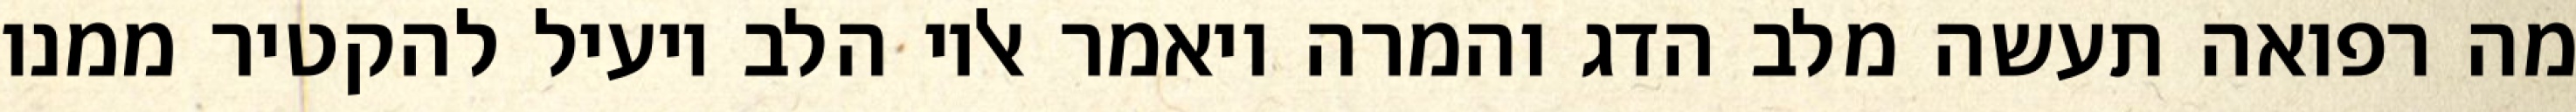
מה רפואה תעשה מלב הדג והמרה ויאמר אליו הלב יועיל להקטיר ממנו